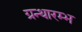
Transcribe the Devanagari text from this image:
ग्रन्थारम्भ